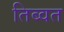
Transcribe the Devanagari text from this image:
तिब्वत